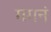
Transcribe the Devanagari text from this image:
गगनं